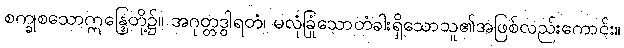
စက္ခုစသောဣန္ဒြေတို့၌။ အဂုတ္တဒွါရတံ၊ မလုံခြုံသောတံခါးရှိသောသူ၏အဖြစ်လည်းကောင်း။